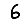
Digit: 6